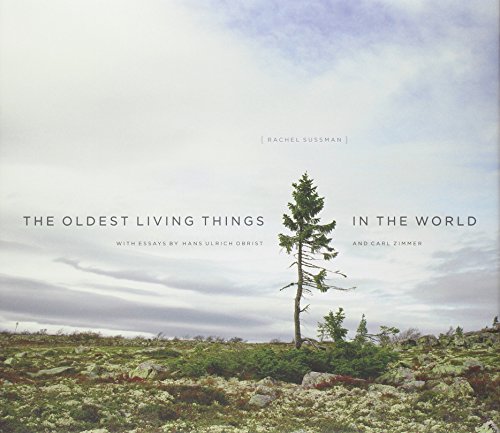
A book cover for The Oldest Living Things in the World; Rachel Sussman; Arts & Photography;